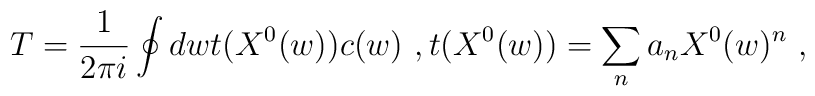
T=\frac{1}{2\pi i}\oint dw t(X^0(w))c(w)  \ ,t(X^0(w))=\sum_n a_n X^0(w)^n  \ ,